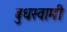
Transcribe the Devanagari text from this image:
बुधस्वामी